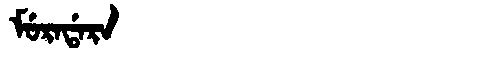
Manchu: ᠮᡠᡵᠠᡩᠠᡵᠠ
Romanization: MURADARA